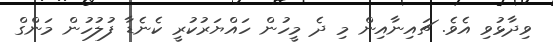
ވިދާޅުވި އެވެ. ޗައިނާއިން މި ދެ މީހުން ހައްޔަރުކުރީ ކެނެޑާ ފުލުހުން މަންގް